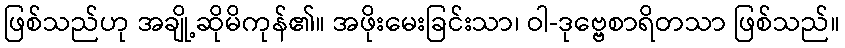
ဖြစ်သည်ဟု အချို့ဆိုမိကုန်၏။ အဖိုးမေးခြင်းသာ၊ ဝါ-ဒုဗ္ဗေစာရိတသာ ဖြစ်သည်။